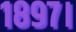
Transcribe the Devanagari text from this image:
१८९७।